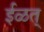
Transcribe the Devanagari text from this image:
ईळत्